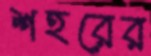
শহরের